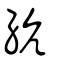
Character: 䋁